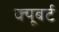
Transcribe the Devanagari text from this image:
क्यूबर्ट